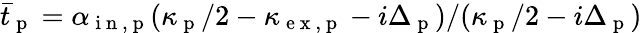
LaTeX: \bar{t}_{\mathrm{~p~}}=\alpha_{\mathrm{~i~n~,~p~}}(\kappa_{\mathrm{~p~}}/2-\kappa_{\mathrm{~e~x~,~p~}}-i\Delta_{\mathrm{~p~}})/(\kappa_{\mathrm{~p~}}/2-i\Delta_{\mathrm{~p~}})